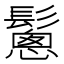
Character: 𩮰